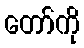
တော်ကို